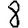
Digit: 8